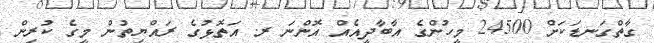
ގާތްގަނޑަކަށް 24500 މީހުންގެ އާބާދީއެއް އޮންނަ ރ. އަތޮޅުގެ ރައްޔިތުން މީގެ ކުރިން